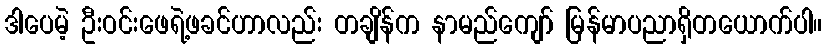
ဒါပေမဲ့ ဦးဝင်းဖေရဲ့ဖခင်ဟာလည်း တချိန်က နာမည်ကျော် မြန်မာပညာရှိတယောက်ပါ။